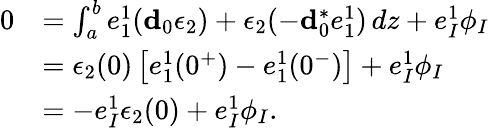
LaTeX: \begin{array}{rl}{0}&{=\int_{a}^{b}e_{1}^{1}(\mathbf{d}_{0}\epsilon_{2})+\epsilon_{2}(-\mathbf{d}_{0}^{\ast}e_{1}^{1})\, dz+e_{I}^{1}\phi_{I}}\\ &{=\epsilon_{2}(0)\left[e_{1}^{1}(0^{+})-e_{1}^{1}(0^{-})\right]+e_{I}^{1}\phi_{I}}\\ &{=-e_{I}^{1}\epsilon_{2}(0)+e_{I}^{1}\phi_{I}.}\end{array}